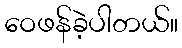
ဝေဖန်ခဲ့ပါတယ်။